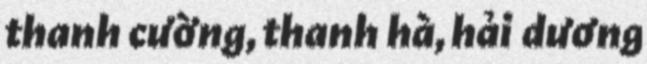
thanh cường, thanh hà, hải dương